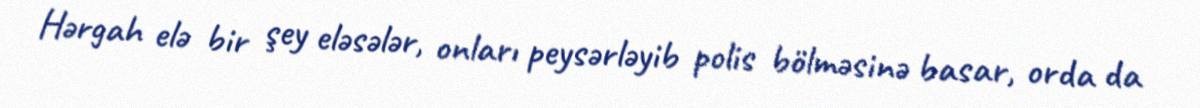
Hərgah elə bir şey eləsələr, onları peysərləyib polis bölməsinə basar, orda da